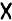
X